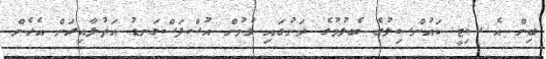
ބިން އެ ސިޓީ ކައުންސިލުގެ ބެލުމުގެ ދަށުގައި ވުމުން އުސްފަސްގަނޑު އަތުލާއިރަށް އެހެން